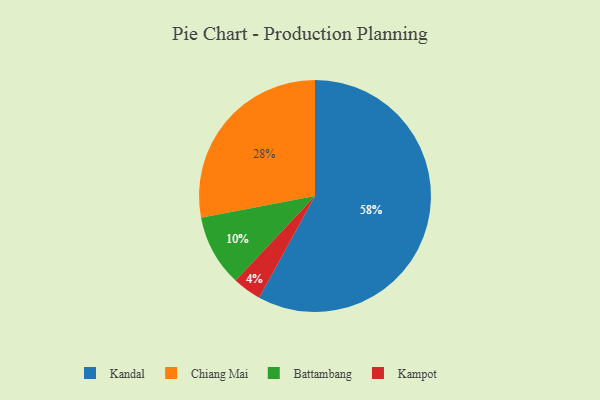
{"axis": {"x": "Category", "y": "Percentage"}, "legend": ["Battambang", "Chiang Mai", "Kampot", "Kandal"], "data": [{"x": "Battambang", "y": 10, "type": "Battambang"}, {"x": "Chiang Mai", "y": 28, "type": "Chiang Mai"}, {"x": "Kandal", "y": 58, "type": "Kandal"}, {"x": "Kampot", "y": 4, "type": "Kampot"}]}